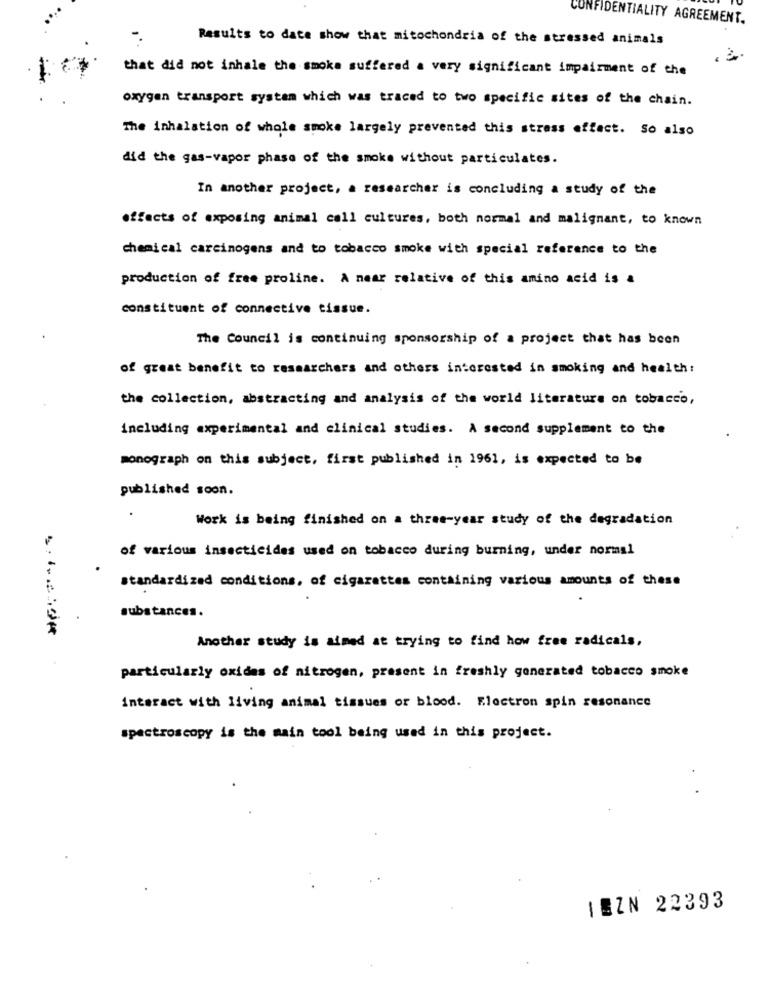
CONFIDENTIALITY AGREEMENT.
Results to date show that mitochondria of the stressed animals
that did not inhale the smoke suffered a very significant impairment of the
oxygen transport system which was traced to two specific sites of the chain.
The inhalation of whole smoke largely prevented this stress effect. So also
did the gas-vapor phase of the smoke without particulates.
In another project, a researcher is concluding a study of the
effects of exposing animal call cultures, both normal and malignant, to known
chemical carcinogens and to tobacco smoke with special reference to the
production of free proline. A near relative of this amino acid is a
constituent of connective tissue.
The Council is continuing sponsorship of a project that has been
of great benefit to researchers and others interested in smoking and health:
the collection, abstracting and analysis of the world literature on tobacco,
including experimental and clinical studies. A second supplement to the
monograph on this subject, first published in 1961, is expected to be
published soon.
.
Work is being finished on a three-year study of the degradation
of various insecticides used on tobacco during burning, under normal
standardized conditions, of cigarettes containing various amounts of these
substances.
Another study is aimed at trying to find how free radicals,
particularly oxides of nitrogen, present in freshly generated tobacco smoke
interact with living animal tissues or blood. Electron spin resonance
spectroscopy is the main tool being used in this project.
IEZN 22393